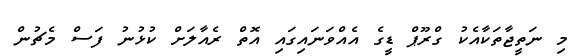
މި ނަތީޖާތަކާއެކު ގްރޫޕް ޑީގެ އެއްވަނައިގައި އޮތް ރެއާލަށް ކުޅުނު ފަސް މެޗުން